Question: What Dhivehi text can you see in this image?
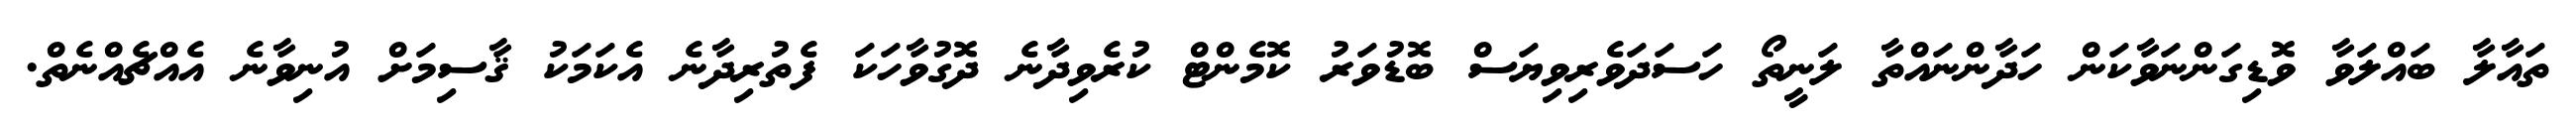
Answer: ތައާލާ ބައްލަވާ ވޮޑިގަންނަވާކަން ހަދާންނައްތާ ލަނީތޯ ހަސަދަވެރިވިޔަސް ބޮޑުވަރު ކޮމެންޓް ކުރެވިދާނެ ދޮގުވާހަކަ ފެތުރިދާނެ އެކަމަކު ޤާސިމަށް އުނިވާނެ އެއްޗެއްނެތް.